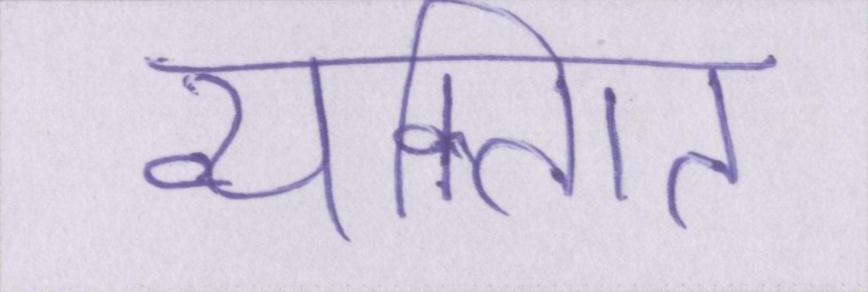
व्यक्गित